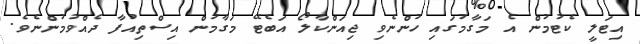
އިޓަލީ ކެޓުމުން އެ މަގާމުގައި ހުންނެވި ޖިއަންކާލޯ އަބެޓޭ މަގާމުން އިސްތިއުފާ ދެއްވުމުންނެވެ.